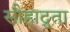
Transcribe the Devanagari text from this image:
सौहाद्र्रता